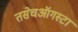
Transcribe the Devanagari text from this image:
तसेचऑगस्टा